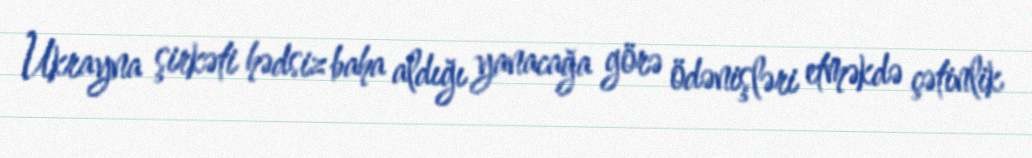
Ukrayna şirkəti hədsiz baha aldığı yanacağa görə ödənişləri etməkdə çətinlik